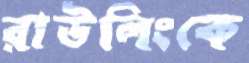
রাউলিংকে